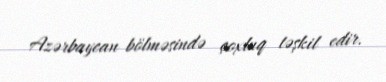
Azərbaycan bölməsində çoxluq təşkil edir.